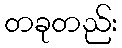
တခုတည်း